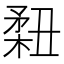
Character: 𥍳